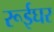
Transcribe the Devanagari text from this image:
रूईघर